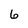
Character: 6